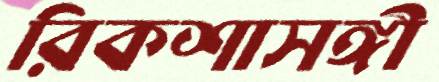
রিকশাসঙ্গী